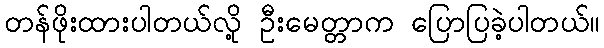
တန်ဖိုးထားပါတယ်လို့ ဦးမေတ္တာက ပြောပြခဲ့ပါတယ်။